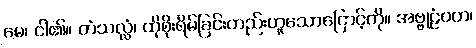
မေ၊ ငါ၏။ တံသလ္လံ၊ ထိုစိုးရိမ်ခြင်းတည်းဟူသောငြောင့်ကို။ အဗ္ဗုဠံဝတ၊